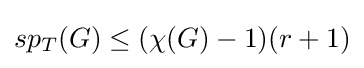
sp_{T}(G)\leq (\chi (G)-1)(r+1)